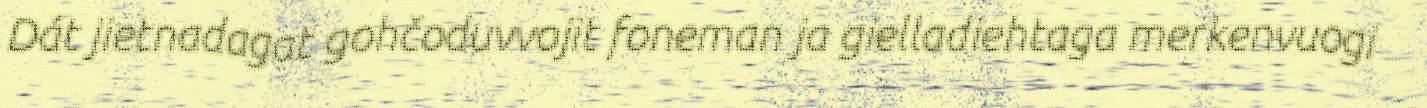
Dát jietnadagat gohčoduvvojit foneman ja gielladiehtaga merkenvuogi